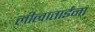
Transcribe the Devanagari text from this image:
लीलाताईंना